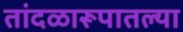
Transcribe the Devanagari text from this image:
तांदळारूपातल्या